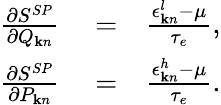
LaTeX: \begin{array}{rlr}{\frac{\partial S^{SP}}{\partial Q_{{\mathbf k}n}}}&{{}=}&{\frac{\epsilon_{{\mathbf k}n}^{l}-\mu}{\tau_{e}},}\\ {\frac{\partial S^{SP}}{\partial P_{{\mathbf k}n}}}&{{}=}&{\frac{\epsilon_{{\mathbf k}n}^{h}-\mu}{\tau_{e}}.}\end{array}